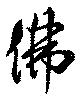
仏